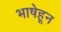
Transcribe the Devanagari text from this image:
भाषेहून